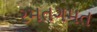
રમતગમત